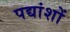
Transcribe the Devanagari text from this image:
पद्यांशों